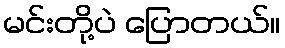
မင်းတို့ပဲ ပြောတယ်။